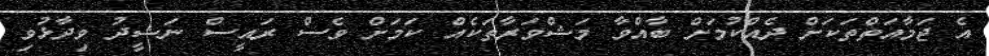
އެ ޖަމާއަތްތަކަށް ދެއްކުމަށް ބާއްވާ މަޝްވަރާތަކެއް ކަމަށް ވެސް ރައީސް ނަޝީދު ވިދާޅުވި